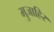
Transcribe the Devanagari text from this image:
मुजाहिर